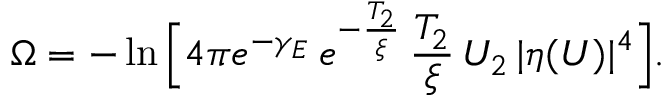
\Omega = - \ln \Big [ 4 \pi e ^ { - \gamma _ { E } } \, e ^ { - \frac { T _ { 2 } } { \xi } } \, \frac { T _ { 2 } } { \xi } \, U _ { 2 } \, \vert \eta ( U ) \vert ^ { 4 } \Big ] .